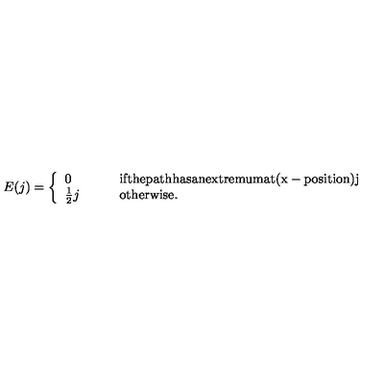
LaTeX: E ( j ) = \left\{ \begin{array} { l l } { 0 } & { \mathrm { i f t h e p a t h h a s a n e x t r e m u m a t ( x - p o s i t i o n ) j } } \\ { \frac { 1 } { 2 } j \qquad } & { \mathrm { o t h e r w i s e . } } \\ \end{array} \right.